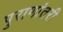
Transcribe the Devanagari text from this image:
पुराणांतरी